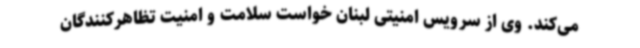
می‌کند. وی از سرویس امنیتی لبنان خواست سلامت و امنیت تظاهرکنندگان